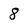
Character: 8